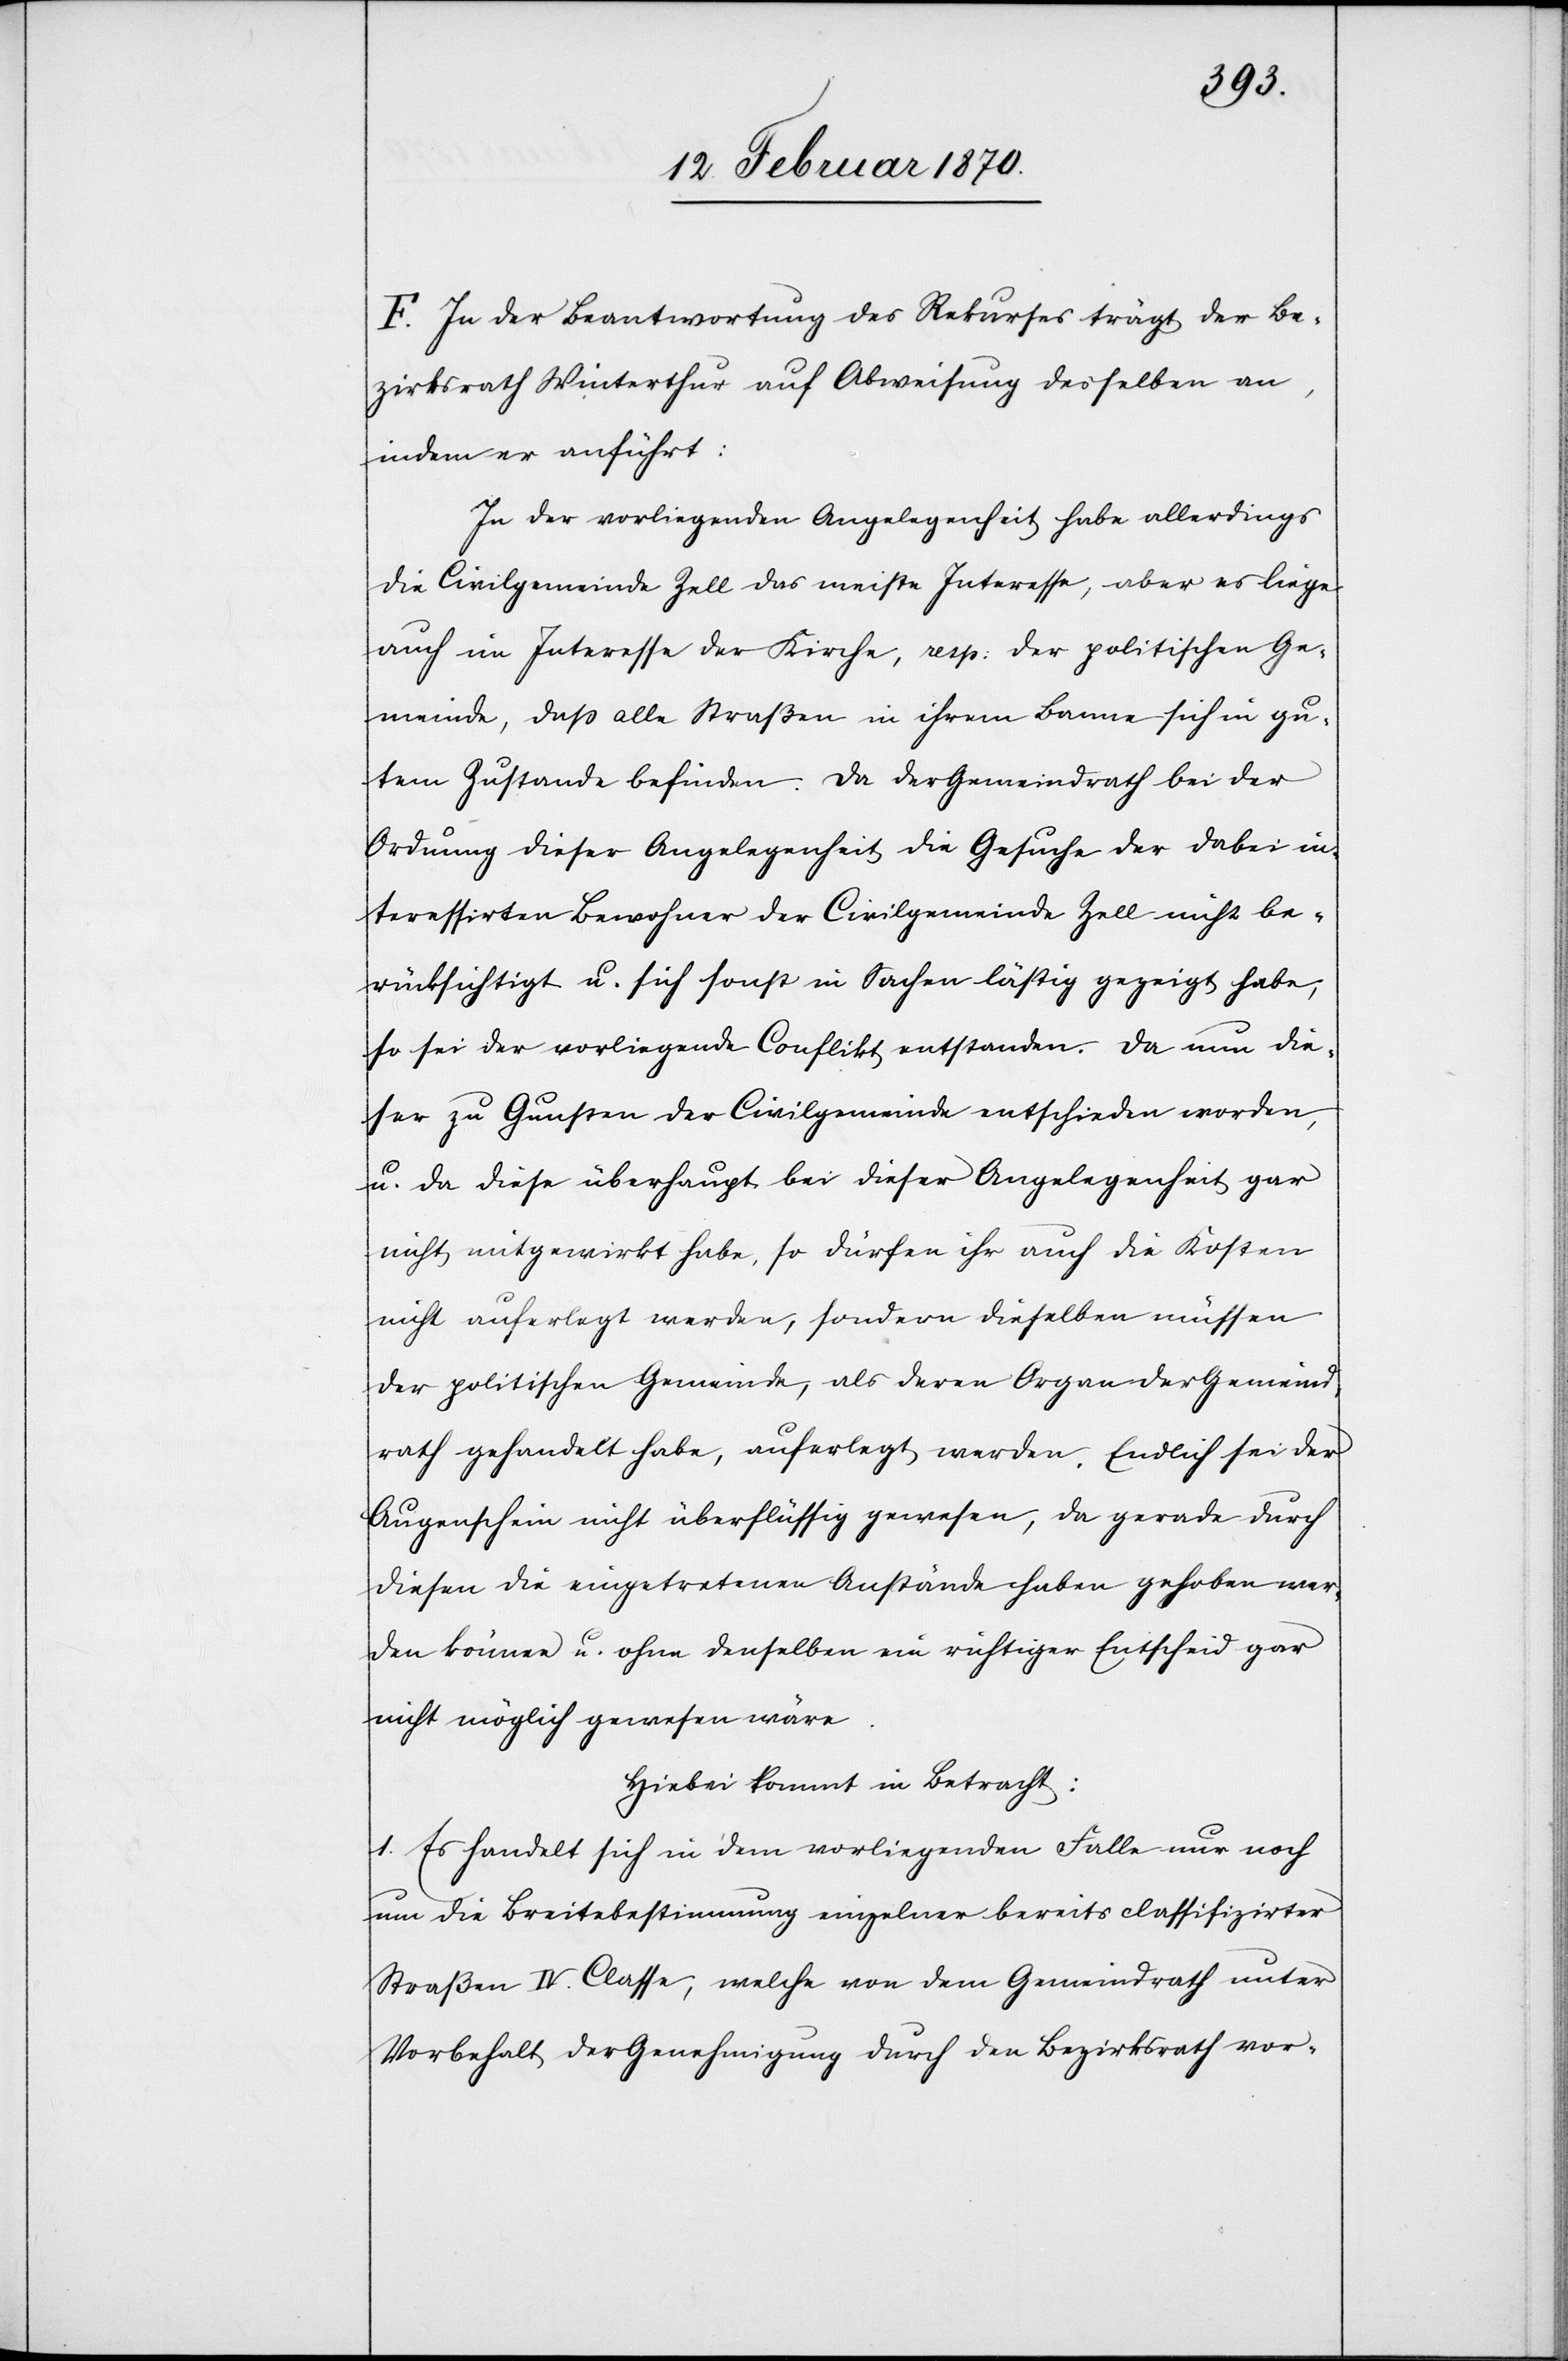
F. In der Beantwortung des Rekurses trägt der Be¬
zirksrath Winterthur auf Abweisung desselben an,
indem er anführt:
In der vorliegenden Angelegenheit habe allerdings
die Civilgemeinde Zell das meiste Interesse, aber es liege
auch im Interesse der Kirche, resp: der politischen Ge¬
meinde, dass alle Straßen in ihrem Banne sich in gu¬
tem Zustande befinden. Da der Gemeindrath bei der
Ordnung dieser Angelegenheit die Gesuche der dabei in¬
teressirten Bewohner der Civilgemeinde Zell nicht be¬
rücksichtigt u. sich sonst in Sachen lästig gezeigt habe,
so sei der vorliegende Conflikt entstanden. Da nun die¬
ser zu Gunsten der Civilgemeinde entschieden worden,
u. da diese überhaupt bei dieser Angelegenheit gar
nicht mitgewirkt habe, so dürfen ihr auch die Kosten
nicht auferlegt werden, sondern dieselben müssen
der politischen Gemeinde, als deren Organ der Gemeind¬
rath gehandelt habe, auferlegt werden. Endlich sei der
Augenschein nicht überflüssig gewesen, da gerade durch
diesen die eingetretenen Anstände haben gehoben wer¬
den können u. ohne denselben ein richtiger Entscheid gar
nicht möglich gewesen wäre.
Hiebei kommt in Betracht:
1. Es handelt sich in dem vorliegenden Falle nur noch
um die Breitebestimmung einzelner bereits classifizirter
Straßen IV. Classe, welche von dem Gemeindrath unter
Vorbehalt der Genehmigung durch den Bezirksrath vor-